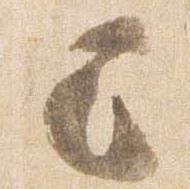
已